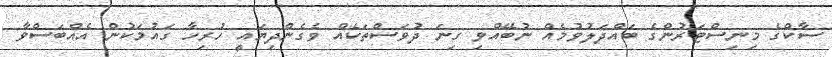
ސާކްގެ މިނިސްޓަރުންގެ ބައްދަލުވުމެއް ނުބޭއްވި ގިނަ ދުވަސްތަކެއް ވެގެންދިޔައީ ހުރިހާ ގައުމަކުން އެއްބަސްވާ